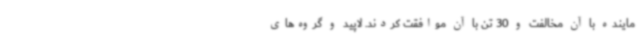
ماینده با آن مخالفت و 30 تن با آن موافقت کردند. لاپید و گروه‌های